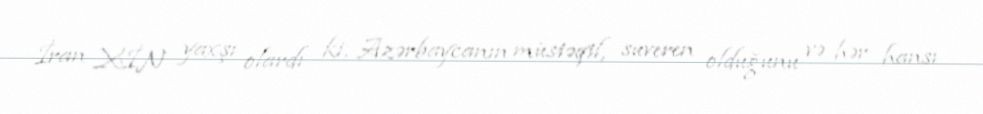
İran XİN yaxşı olardı ki, Azərbaycanın müstəqil, suveren olduğunu və hər hansı